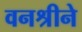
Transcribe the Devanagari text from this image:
वनश्रीने